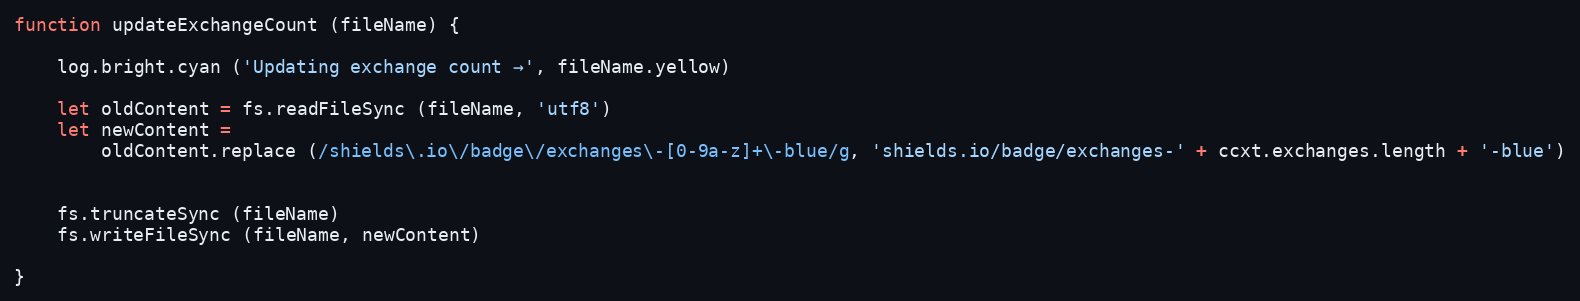
Language: JavaScript
function updateExchangeCount (fileName) {

    log.bright.cyan ('Updating exchange count →', fileName.yellow)

    let oldContent = fs.readFileSync (fileName, 'utf8')
    let newContent =
        oldContent.replace (/shields\.io\/badge\/exchanges\-[0-9a-z]+\-blue/g, 'shields.io/badge/exchanges-' + ccxt.exchanges.length + '-blue')

    fs.truncateSync (fileName)
    fs.writeFileSync (fileName, newContent)

}